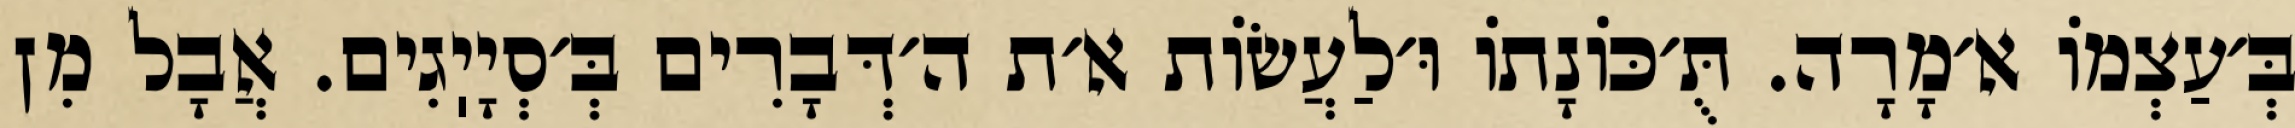
בְּ׳עַצְמוֹ א׳מָרָה. תֻּ׳כּוֹנָתוֹ וּ׳לַעֲשׂוֹת א׳ת ה׳דְּבָרִים בְּ׳סְיָיֽגִים. אֲבָל מִן